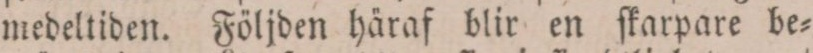
medeltiden. Följden häraf blir en ſkarpare be=